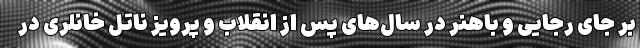
بر جای رجایی و باهنر در سال‌های پس از انقلاب و پرویز ناتل خانلری در